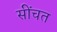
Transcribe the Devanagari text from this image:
सींचत